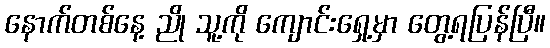
နောက်တစ်နေ့ ညို သူ့ကို ကျောင်းရှေ့မှာ တွေ့ရပြန်ပြီ။